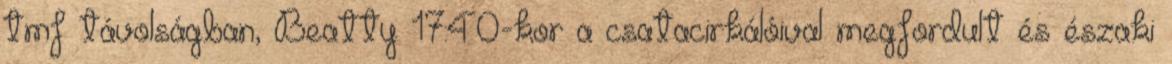
tmf távolságban, Beatty 17:40-kor a csatacirkálóival megfordult és északi